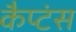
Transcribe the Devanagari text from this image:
कैप्‍टंस